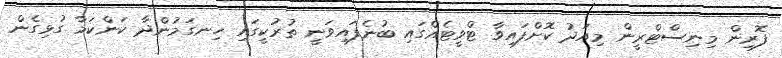
ފޮރިން މިނިސްޓްރީން މިއަދު ކޮށްފައިވާ ޓްވީޓެއްގައި ބުނެފައިވަނީ ތުރުކީގައި ހިނގަމުންދާ ކަންކަމާ ގުޅިގެން